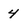
Character: 4